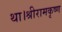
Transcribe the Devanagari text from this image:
था।श्रीरामकृष्ण